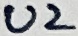
Text: U2